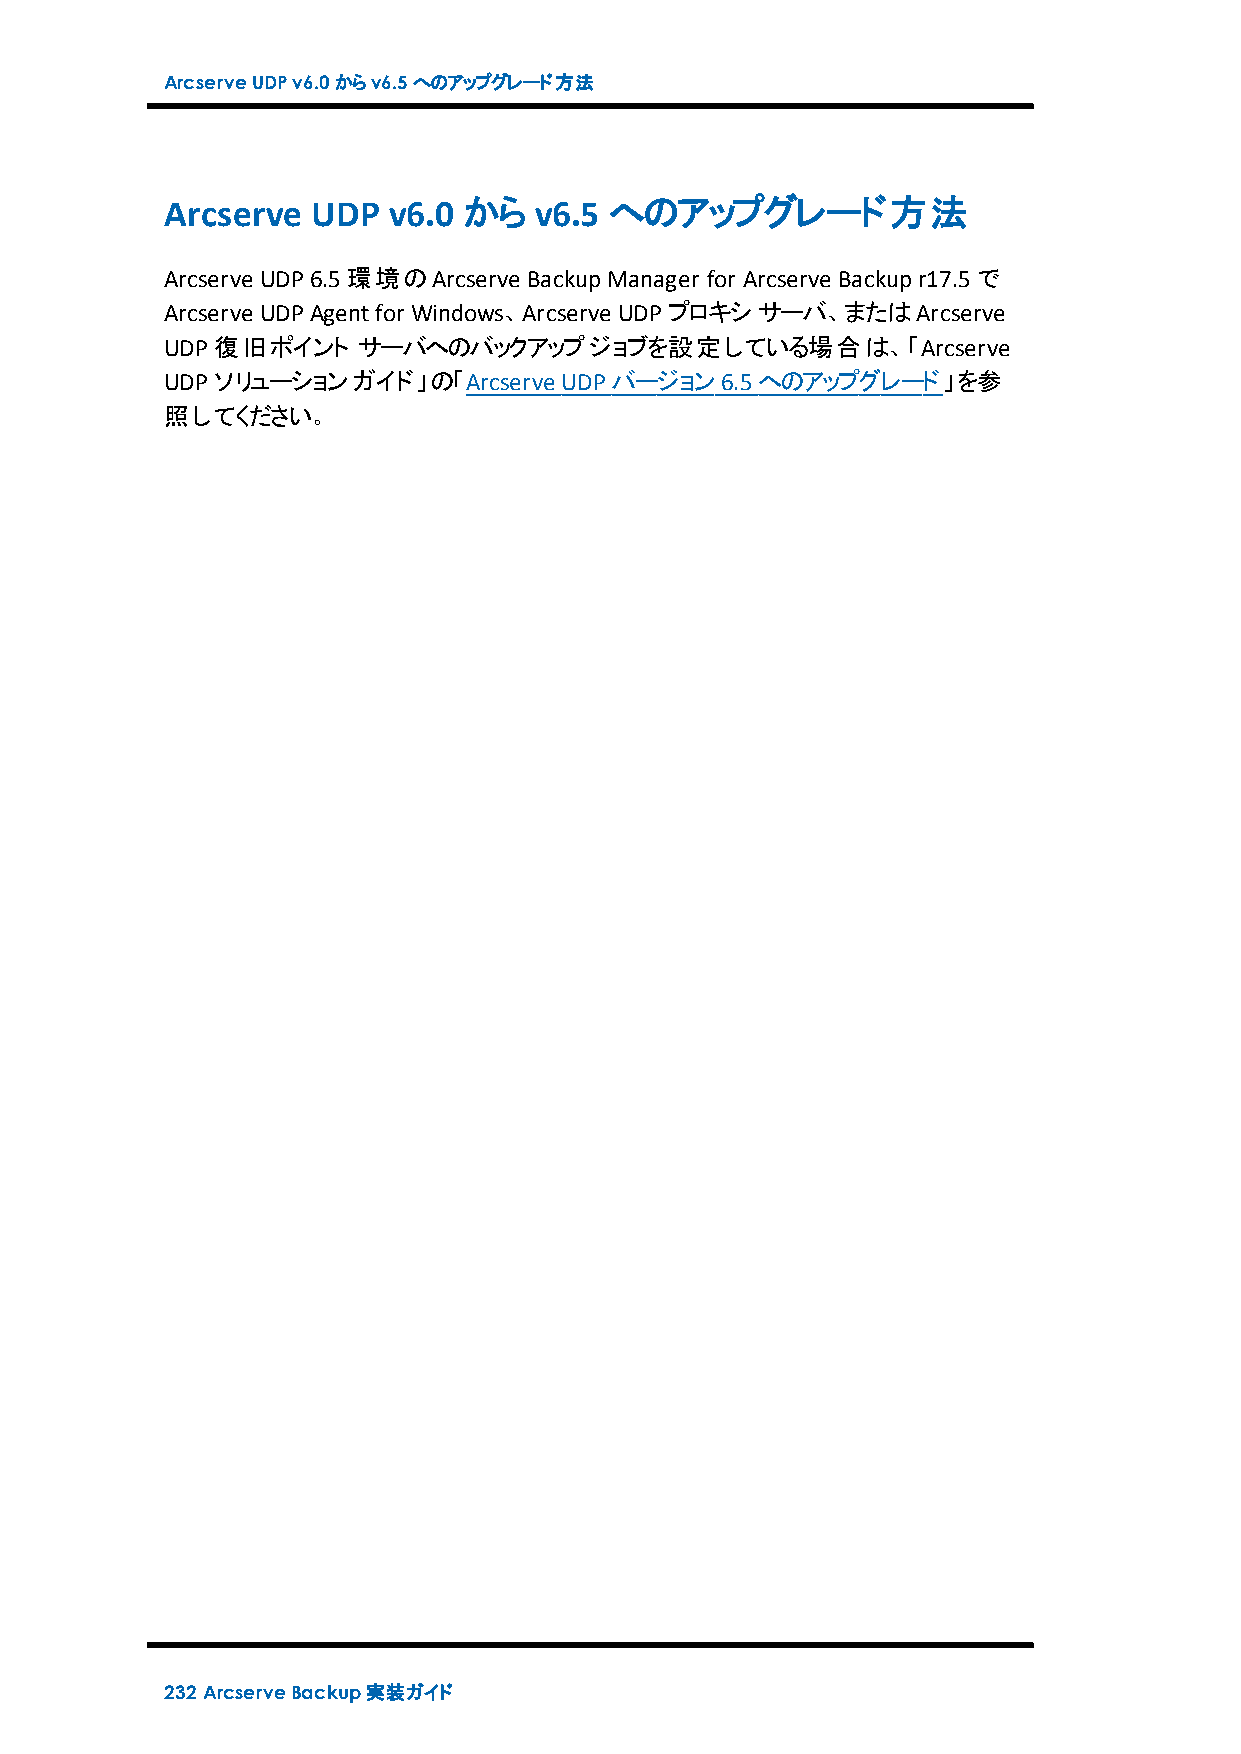
ArcserveUDPv6.0からv6.5へのアップグレード方法
 Arcserve  UDP  v6.0 から  v6.5 へのアップグレード方法
 Arcserve UDP6.5環境のArcserve BackupManager for Arcserve Backupr17.5で
 Arcserve UDPAgentfor Windows、Arcserve UDPプロキシサーバ、またはArcserve
 UDP復旧ポイント    サーバへのバックアップジョブを設定している場合は、「Arcserve
 UDPソリューションガイド」の「Arcserve  UDPバージョン6.5へのアップグレード」を参
 照してください。
 232 ArcserveBackup実装ガイド